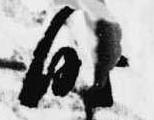
時